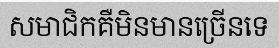
សមាជិកគឺមិនមានច្រើនទេ